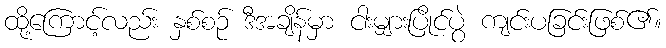
ထို့ကြောင့်လည်း နှစ်စဉ် ဒီအချိန်မှာ ငါးမျှားပြိုင်ပွဲ ကျင်းပခြင်းဖြစ်၏။